Report of the Hyderabad Chloroform Commission
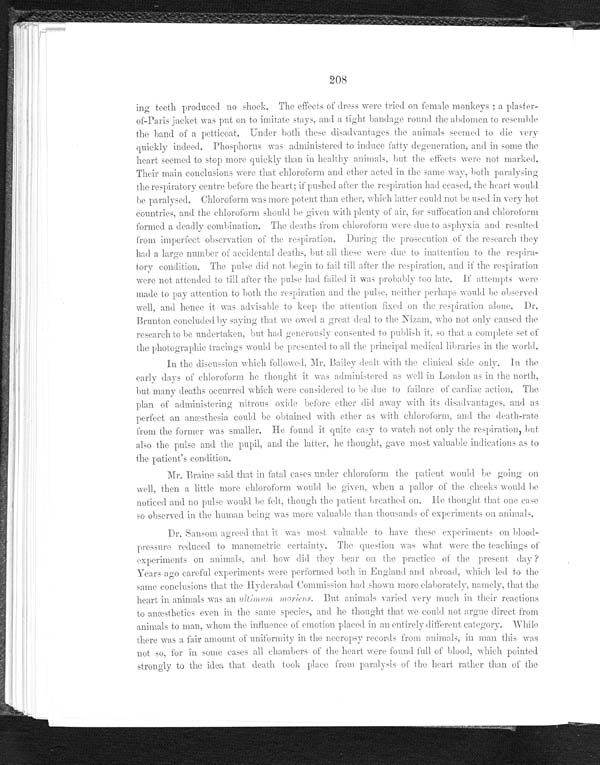
208
ing teeth produced no shock. The effects of dress were tried on female monkeys ; a plaster
-
of-Paris jacket was put on to imitate stays, and a tight bandage round the abdomen to resemble
the band of a petticoat. Under both these disadvantages the animals seemed to die very
quickly indeed. Phosphorus was administered to induce fatty degeneration, and in some the
heart seemed to stop more quickly than in healthy animals, but the effects were not marked.
Their main conclusions were that chloroform and ether acted in the same wa y, both paralysing
the respiratory centre before the heart; if pushed after the respiration had ceased, the heart would
be paralysed. Chloroform was more potent than ether, which latter could not be used in very hot
countries, and the chloroform should be given with plenty of air, for suffocation and chloroform
formed a deadly combination. The deaths from chloroform were due to asphyxia and resulted
from imperfect observation of the respiration. During the prosecution of the research they
had a number of accidental deaths, but all these were due to inattention to the respira
-
tory condition. The pulse did not begin to fail till after the respiration, and if the respiration
were not attended to till after the pulse had failed it was probably too late. If attempts were
made to pay attention to both the respiration and the pulse, neither perhaps would be observed
well, and hence it was advisable to keep the attention fixed on the respiration alone. Dr.
Brunton concluded by saying that we owed a great deal to the Nizam, who not only caused the
research to be undertaken. but had generously consented to publish it, so that a complete set of
the photographic tracings would be p r e s e n t e d t o a l l t h e p r i n c i p a l m e d i c a l l i b r a r i e s i n t h e w o r l d .
In the discussion which followed, Mr.Bailey dealt with the clinical side only. In the
early days of chloroform he thought it was administered as well in London as in the north,
but many deaths occurred which were considered to be due to failure of cardiac action. The
plan of administering nitrous oxide before ether did away with its disadvantages, and as
perfect an anæsthesia could be obtained with ether as with chloroform, and the death-rate
from the former was smaller. He found it quite easy to watch not only the respiration, but
also the pulse and the pupil, and the latter, he thought, gave most valuable indications as to
the patient's condition.
Mr.Braine said that in fatal cases under chloroform the patient would be going on
well, then a little mor e chloroform would be given, when a pallor of the cheeks would be
noticed and no pulse would be felt, though the patient breathed on. He thought that one case
so observed in the human being was more valuable than thousands of experiments on animals.
Dr.Sansom agreed that it was most valuable to have these experiments on blood
-
pressure reduced to manometric certainty. The question was what were the teachings of
experiments on animals, and how did they bear on the practice of the present day ?
Years ago careful experiments were performed both in England and abroad, which led to the
same conclusions that the Hyderabad Commission had shown more elaborately, namely, that the
heart in animals was an ullimum moriens. But animals varied very much in their reactions
to anæsthetics even in the same species, and he thought that we could not argue direct from
animals to man, whom the influence of emotion placed in an entirely different category. While
there was a fair amount of uniformity in the necropsy records from animals, in man this was
not so,for
in some cases all chambers of the heart were found full of blood, which pointed
strongly to the idea that death took place from paralysis of the heart rather than of the